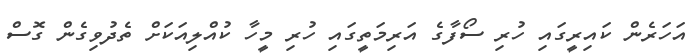
އަހަރެން ކައިރީގައި ހުރި ސޯފާގެ އަރިމަތީގައި ހުރި މީހާ ކުއްލިއަކަށް ތެދުވިގެން ގޮސް